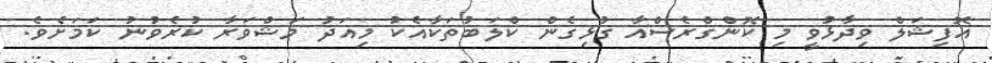
އޮފިޝަލް ވިދާޅުވީ މި ކޮންގްރެސްއާ ގުޅިގެން ކްލަބުތަކާއެކު މިއަދު މަޝްވަރާ ކުރެވުނު ކަމަށެވެ.